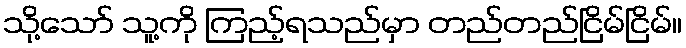
သို့သော် သူ့ကို ကြည့်ရသည်မှာ တည်တည်ငြိမ်ငြိမ်။